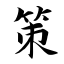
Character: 策